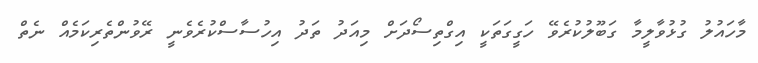
މާހައުލު ގުޅުވާލީމާ ގަބޫލުކުރެވޭ ހަގީގަތަކީ އިގްތިސޯދަށް މިއަދު ތަދު އިހުސާސްކުރެވެނީ ރޭވުންތެރިކަމެއް ނެތް